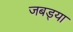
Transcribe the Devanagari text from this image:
जबड्या